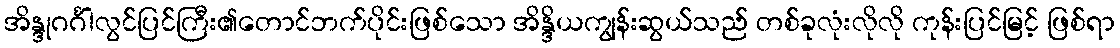
အိန္ဒုဂင်္ဂါလွင်ပြင်ကြီး၏တောင်ဘက်ပိုင်းဖြစ်သော အိန္ဒိယကျွန်းဆွယ်သည် တစ်ခုလုံးလိုလို ကုန်းပြင်မြင့် ဖြစ်ရာ